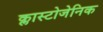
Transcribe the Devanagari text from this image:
क्लास्टोजेनिक